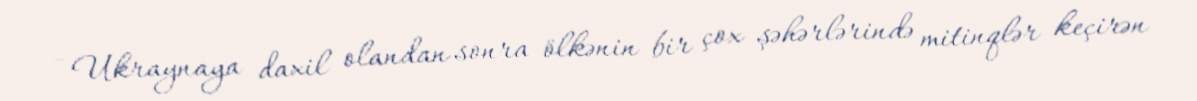
- Ukraynaya daxil olandan sonra ölkənin bir çox şəhərlərində mitinqlər keçirən